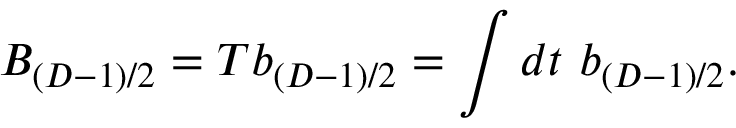
B _ { ( D - 1 ) / 2 } = T b _ { ( D - 1 ) / 2 } = \int d t ~ b _ { ( D - 1 ) / 2 } .